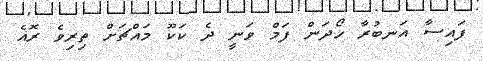
ފައިސާ އަނބުރާ ހޯދަން ފަމް ވަނީ ދެ ކަކޫ މައްޗަށް ތިރިވެ ރޮއެ